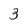
Character: 3